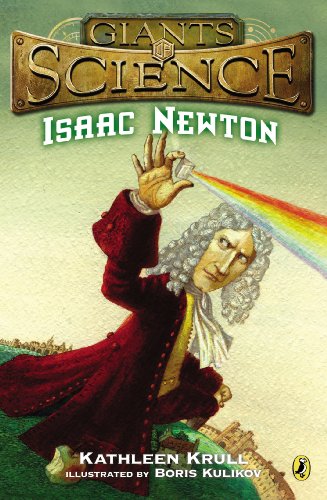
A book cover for Isaac Newton (Giants of Science); Kathleen Krull; Children's Books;